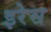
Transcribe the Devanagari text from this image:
इरेस